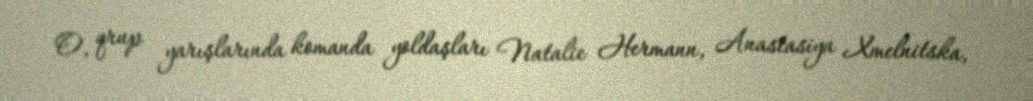
O, qrup yarışlarında komanda yoldaşları Natalie Hermann, Anastasiya Xmelnitska,